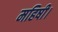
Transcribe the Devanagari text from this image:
महिषी।